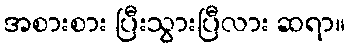
အစားစား ပြီးသွားပြီလား ဆရာ။